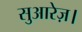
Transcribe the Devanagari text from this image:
सुआरेज़।